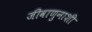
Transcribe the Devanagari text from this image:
जीवाणुनाशी